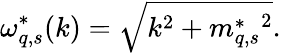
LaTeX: \omega_{q,s}^{*}(k)=\sqrt{k^{2}+{m_{q,s}^{*}}^{2}}.